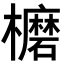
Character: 𣟖